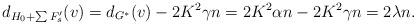
LaTeX: \begin{align*}d_{H_0+\sum F'_s}(v) =d_{G^*}(v)-2K^2 \gamma n= 2K^2\alpha n-2K^2 \gamma n=2\lambda n.\end{align*}